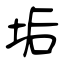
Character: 垢